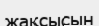
жақсысын